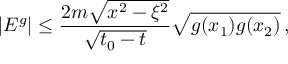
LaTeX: | E ^ { g } | \leq \frac { 2 m \sqrt { x ^ { 2 } - \xi ^ { 2 } } } { \sqrt { t _ { 0 } - t } } \sqrt { g ( x _ { 1 } ) g ( x _ { 2 } ) } \, ,